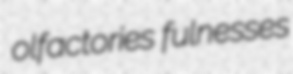
olfactories fulnesses